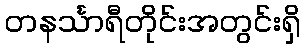
တနင်္သာရီတိုင်းအတွင်းရှိ